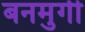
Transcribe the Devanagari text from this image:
बनमुर्गी